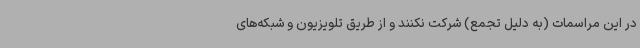
در این مراسمات (به دلیل تجمع) شرکت نکنند و از طریق تلویزیون و شبکه‌های